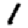
Digit: 1